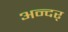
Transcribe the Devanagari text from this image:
अन्दर्